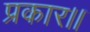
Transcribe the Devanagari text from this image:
प्रकार।।